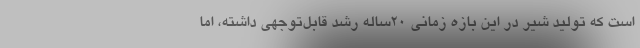
است که تولید شیر در این بازه زمانی 20ساله رشد قابل‌توجهی داشته، اما